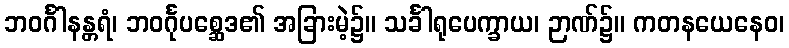
ဘဝင်္ဂါနန္တရံ၊ ဘဝင်္ဂုပစ္ဆေဒ၏ အခြားမဲ့၌။ သင်္ခါရုပေက္ခာယ၊ ဉာဏ်၌။ ကတနယေနေဝ၊